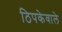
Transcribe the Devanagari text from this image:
ठिपकेवाले